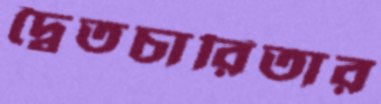
দ্বৈতচারিতার